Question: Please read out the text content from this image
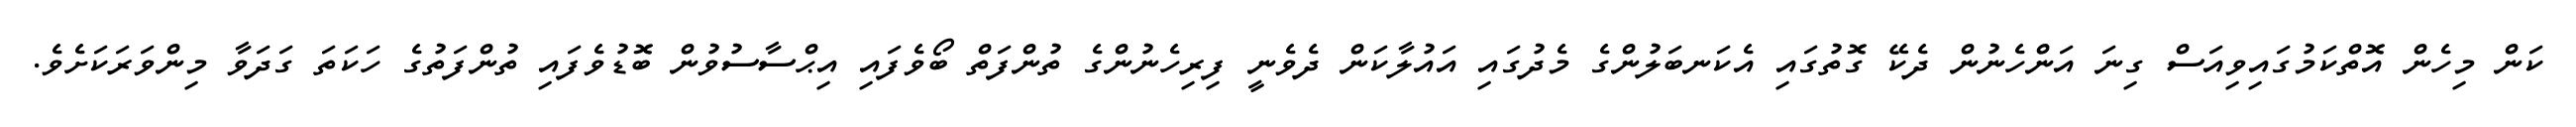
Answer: ކަން މިހެން އޮތްކަމުގައިވިއަސް ގިނަ އަންހެނުން ދެކޭ ގޮތުގައި އެކަނބަލުންގެ މެދުގައި އައުލާކަން ދެވެނީ ފިރިހެނުންގެ ތުންފަތް ބޯވެފައި އިޙްސާސުވުން ބޮޑުވެފައި ތުންފަތުގެ ހަކަތަ ގަދަވާ މިންވަރަކަށެވެ.